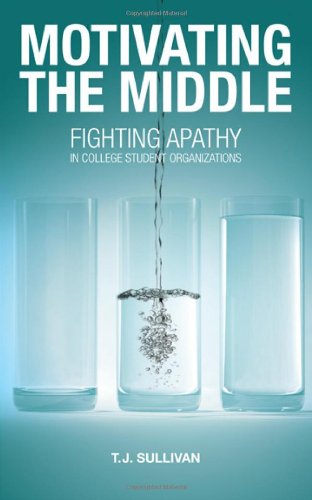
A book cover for Motivating the Middle: Fighting Apathy in College Student Organizations; T.J. Sullivan; Education & Teaching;